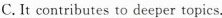
C. It contributes to deeper topics,